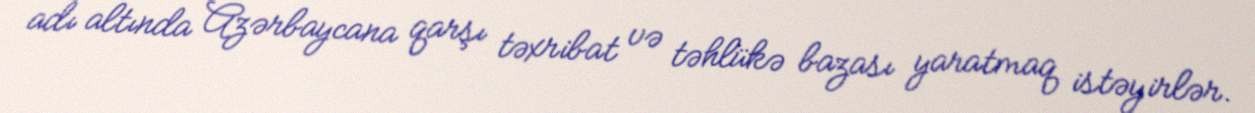
adı altında Azərbaycana qarşı təxribat və təhlükə bazası yaratmaq istəyirlər.